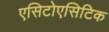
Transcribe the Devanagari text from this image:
एसिटोएसिटिक